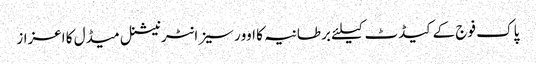
پاک فوج کے کیڈٹ کیلئے برطانیہ کا اوورسیز انٹرنیشنل میڈل کا اعزاز